Leaving Certificate Examination (including Day School Certificate (Higher) General paper), 1932
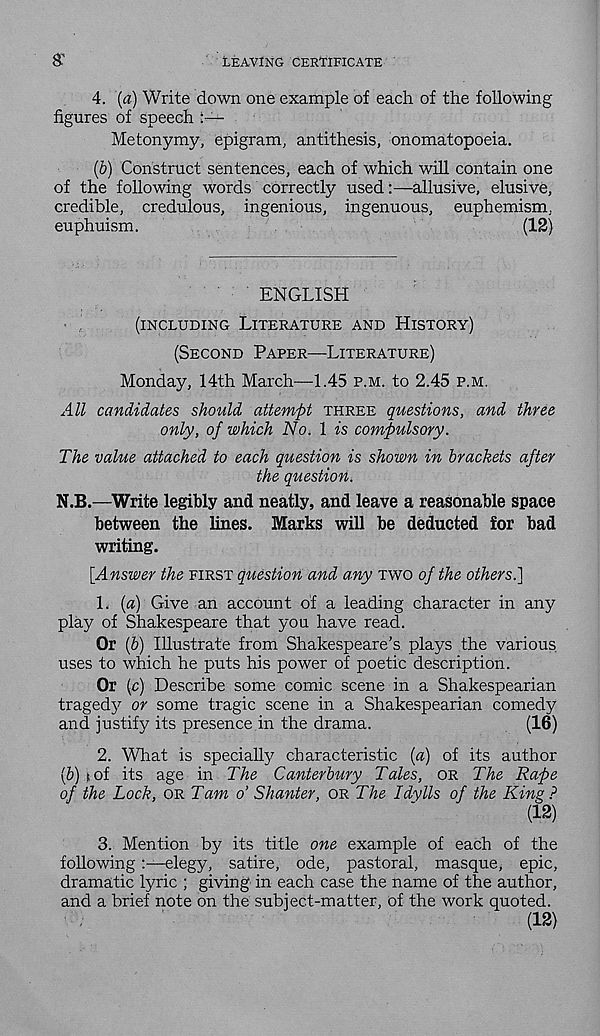
£
LEAVING CERTIFICATE
4. (a) Write down one example of each of the following
figures of speech
Metonymy, epigram, antithesis, onomatopoeia.
(b) Construct sentences, each of which will contain one
of the following words correctly usedallusive, elusive,
credible, credulous, ingenious, ingenuous, euphemism,
euphuism.
(12)
ENGLISH
(INCLUDING LITERATURE AND HISTORY)
(SECOND PAPER—LITERATURE)
Monday, 14th March—1.45 P.M. to 2.45 P.M.
All candidates should attempt THREE questions, and three
only, of which No. 1 is compulsory.
The value attached to each question is shown in brackets after
the question.
N.B.—Write legibly and neatly, and leave a reasonable space
between the lines. Marks will be deducted for bad
writing.
[Answer the FIRST question and any TWO of the others.]
L (a) Give an account of a leading character in any
play of Shakespeare that you have read.
Or (b) Illustrate from Shakespeare’s plays the various
uses to which he puts his power of poetic description.
Or (c) Describe some comic scene in a Shakespearian
tragedy or some tragic scene in a Shakespearian comedy
and justify its presence in the drama.
(16)
2. What is specially characteristic (a) of its author
(b) tof its age in The Canterbury Tales, OR The Rape
of the Lock, OR Tam o’ Shunter, OR The Idylls of the King ?
(12)
3. Mention by its title one example of each of the
followingelegy, satire, ode, pastoral, masque, epic,
dramatic lyric ; giving in each case the name of the author,
and a brief note on the subject-matter, of the work quoted.
(12)